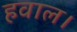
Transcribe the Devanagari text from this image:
हवाल।